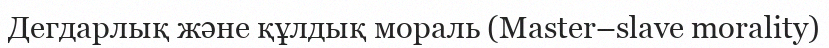
Дегдарлық және құлдық мораль (Master–slave morality)